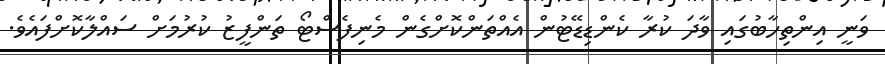
ވަނީ އިންތިހާބުގައި ވާދަ ކުރާ ކެންޑިޑޭޓުން އެއްތަންކޮށްގެން މެނިފެސްޓޯ ތަންފީޒު ކުރުމަށް ސައްލާކޮށްފައެެވެ.